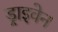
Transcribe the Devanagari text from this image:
ड्राइवेन